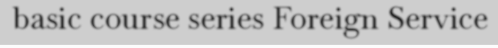
basic course series Foreign Service